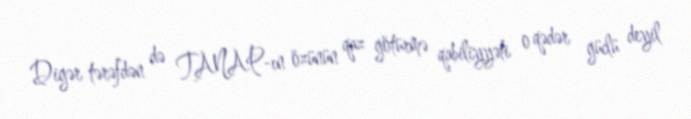
Digər tərəfdən də TANAP-ın özünün qaz götürmə qabiliyyəti o qədər güclü deyil